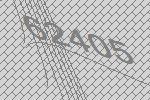
62405